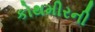
કોથમીરની